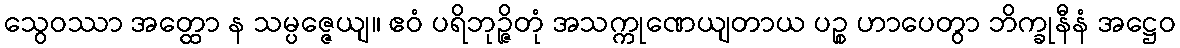
သွေဝဿာ အတ္ထော န သမ္ပဇ္ဇေယျ။ ဧဝံ ပရိဘုဉ္ဇိတုံ အသက္ကုဏေယျတာယ ပဉ္စ ဟာပေတွာ ဘိက္ခုနီနံ အဋ္ဌေဝ